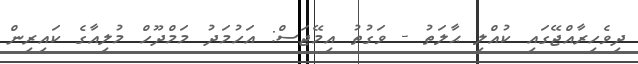
ދިވެހިރާއްޖޭގައި ކުއްލި ޙާލަތު - ވަގުތު އިމޭޖަސް: އަހުމަދު މަމްދޫހް މުލިއާގެ ކައިރިން